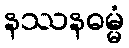
နဿနဓမ္မံ